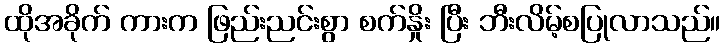
ထိုအခိုက် ကားက ဖြည်းညင်းစွာ စက်နှိုး ပြီး ဘီးလိမ့်စပြုလာသည်။